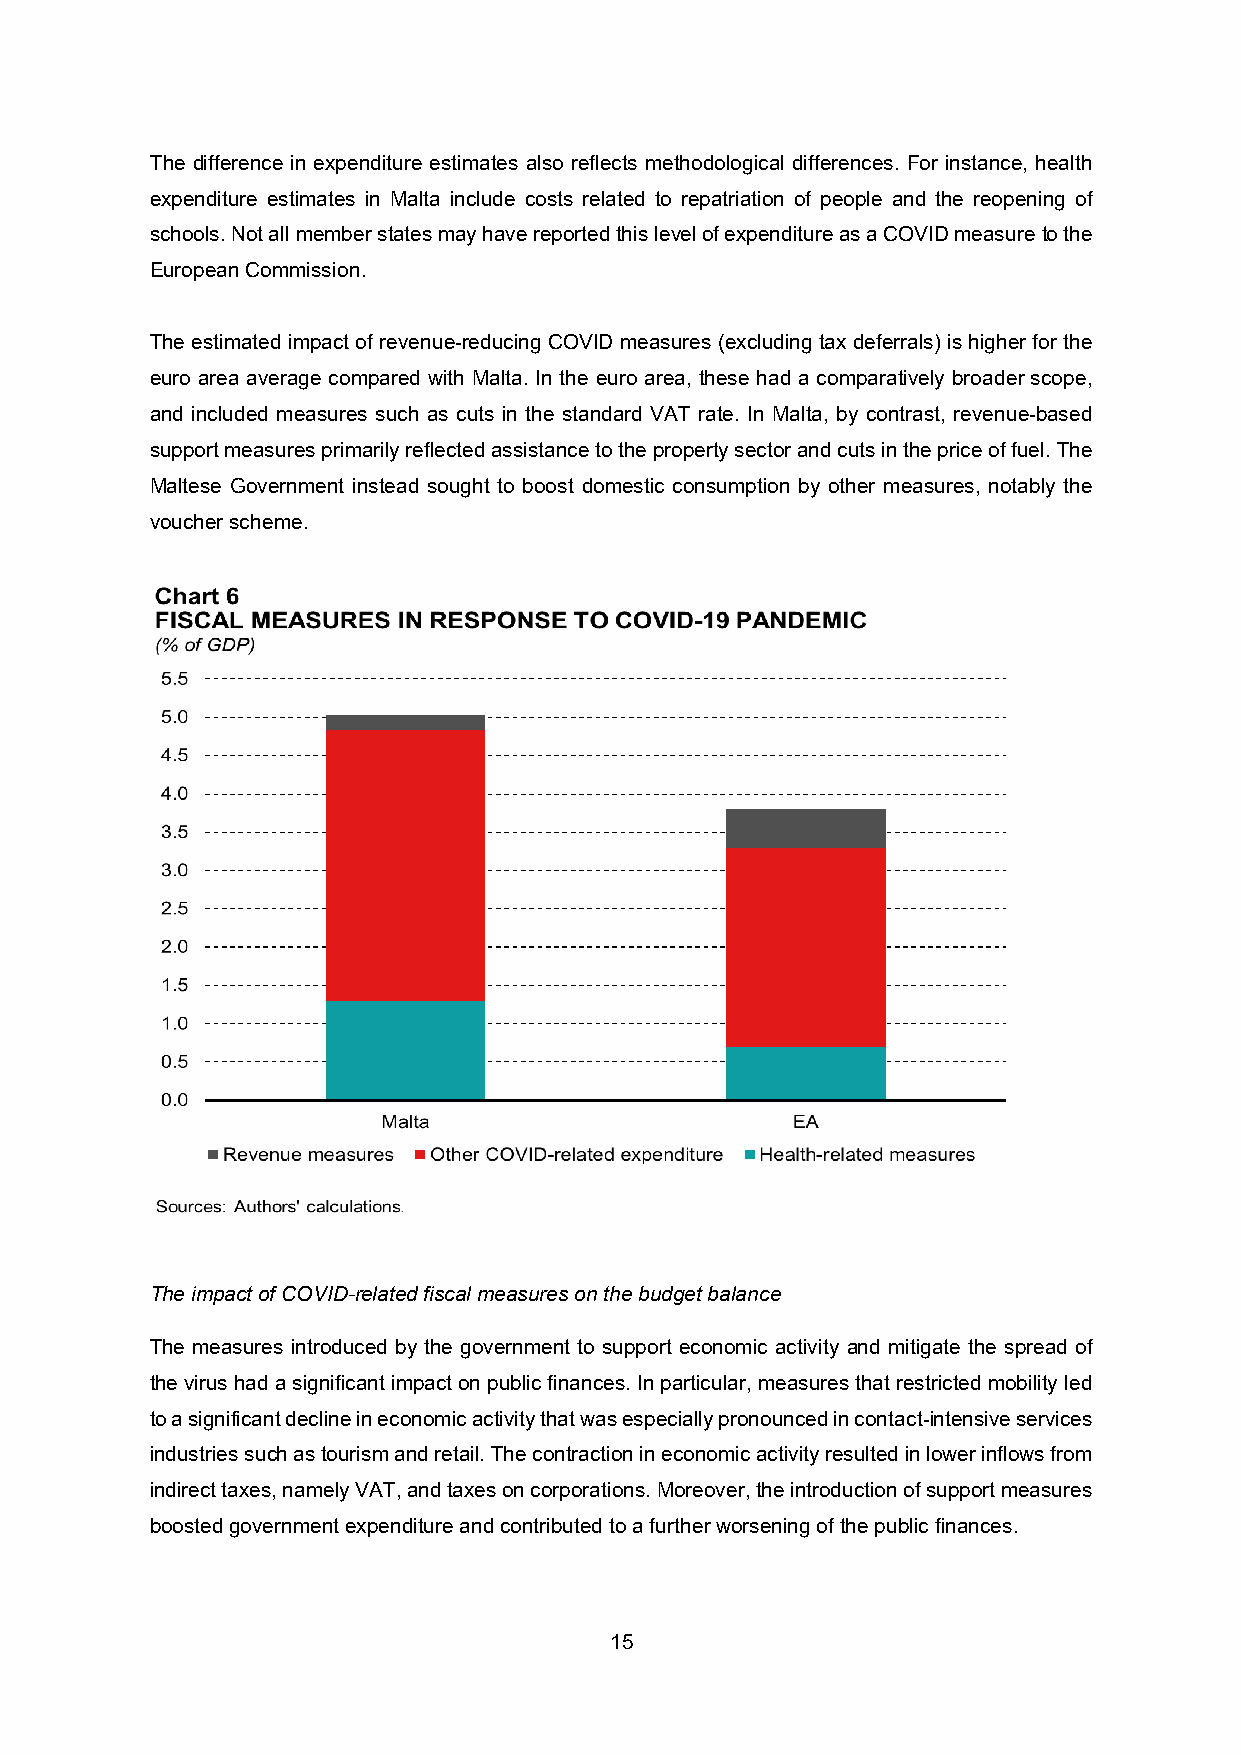
The difference in expenditure estimates also reflects methodological differences. For instance, health
 expenditure estimates in Malta include costs related to repatriation of people and the reopening of
 schools. Not all member states may have reported this level of expenditure as a COVID measure to the
 European Commission.
 The estimated impact of revenue-reducing COVID measures (excluding tax deferrals) is higher for the
 euro area average compared with Malta. In the euro area, these had a comparatively broader scope,
 and included measures such as cuts in the standard VAT rate. In Malta, by contrast, revenue-based
 support measures primarily reflected assistance to the property sector and cuts in the price of fuel. The
 Maltese Government instead sought to boost domestic consumption by other measures, notably the
 voucher scheme.
 The impact of COVID-related fiscal measures on the budget balance
 The measures introduced by the government to support economic activity and mitigate the spread of
 the virus had a significant impact on public finances. In particular, measures that restricted mobility led
 to a significant decline in economic activity that was especially pronounced in contact-intensive services
 industries such as tourism and retail. The contraction in economic activity resulted in lower inflows from
 indirect taxes, namely VAT, and taxes on corporations. Moreover, the introduction of support measures
 boosted government expenditure and contributed to a further worsening of the public finances.
 15